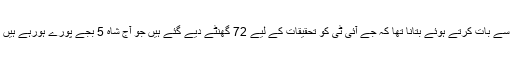
گزشتہ روز وزیراعلیٰ پنجاب عثمان بزدار کا میڈیا سے بات کرتے ہوئے بتانا تھا کہ جے آئی ٹی کو تحقیقات کے لیے 72 گھنٹے دیے گئے ہیں جو آج شاہ 5 بجے پورے ہورہے ہیں اور رپورٹ کی روشنی میں ہی ایکشن لیا جائے گا۔